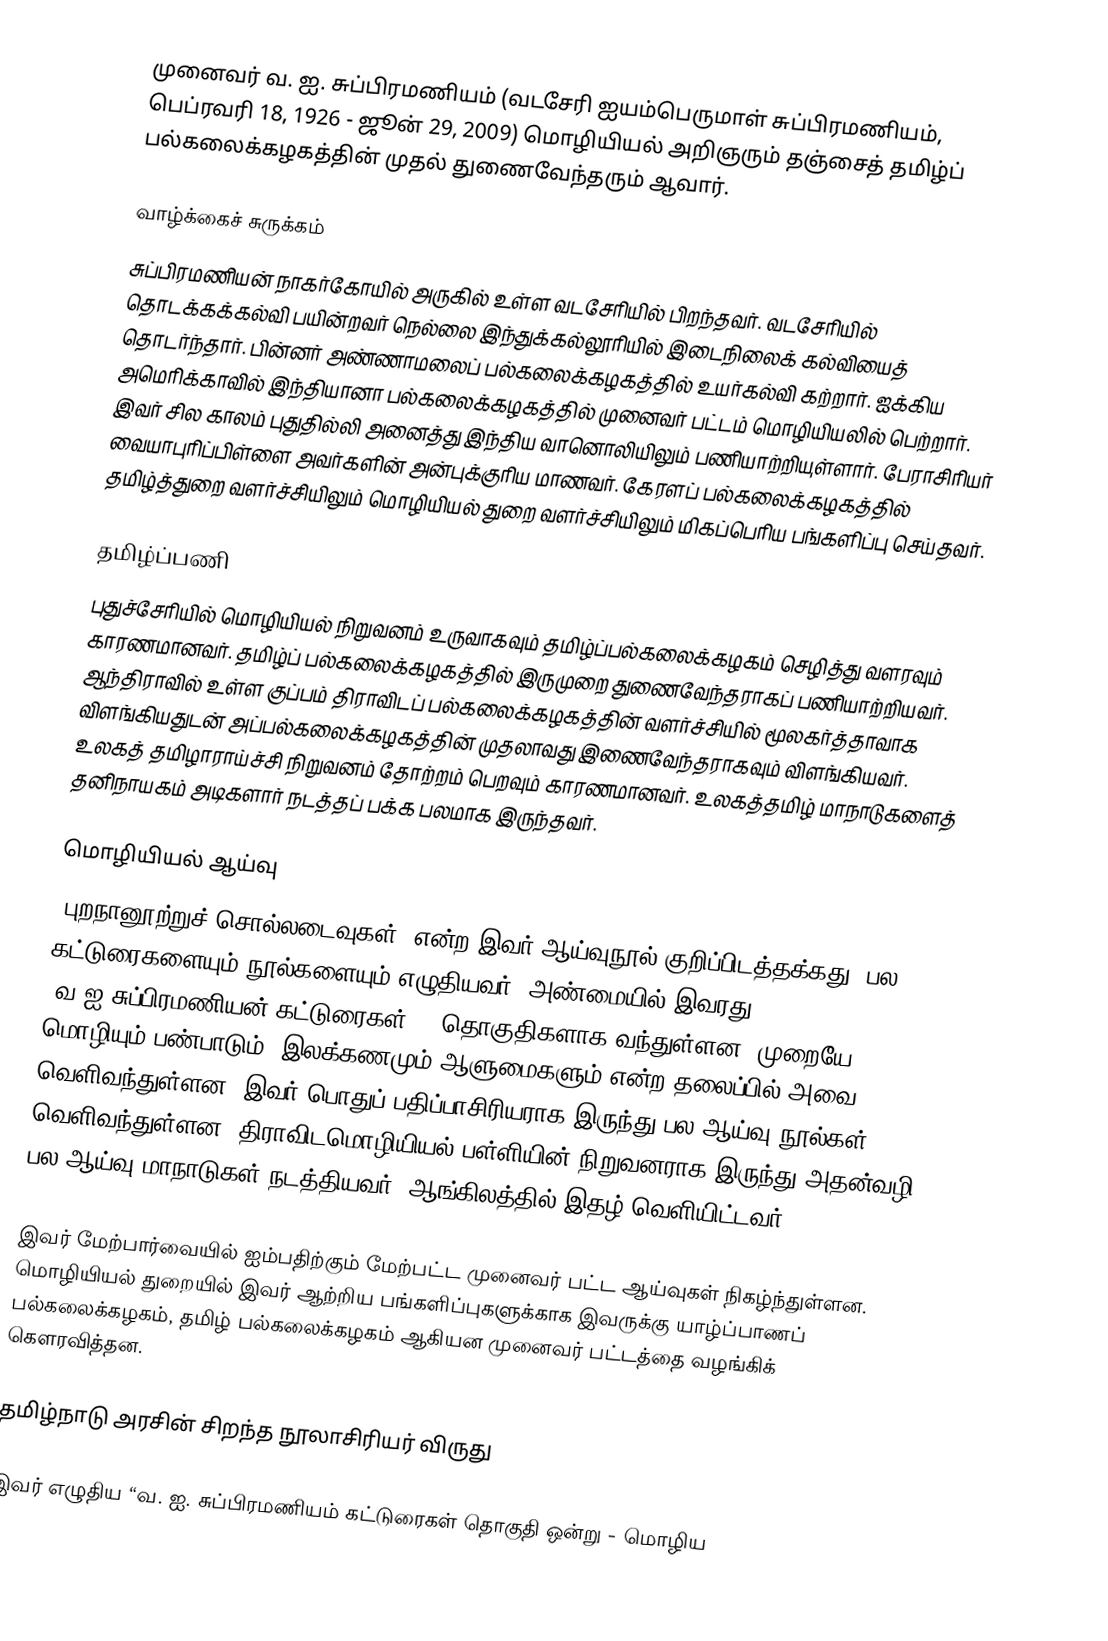
முனைவர் வ. ஐ. சுப்பிரமணியம் (வடசேரி ஐயம்பெருமாள் சுப்பிரமணியம், பெப்ரவரி 18, 1926 - ஜூன் 29, 2009) மொழியியல் அறிஞரும் தஞ்சைத் தமிழ்ப் பல்கலைக்கழகத்தின் முதல் துணைவேந்தரும் ஆவார்.

வாழ்க்கைச் சுருக்கம்
சுப்பிரமணியன் நாகர்கோயில் அருகில் உள்ள வடசேரியில் பிறந்தவர். வடசேரியில் தொடக்கக்கல்வி பயின்றவர் நெல்லை இந்துக்கல்லூரியில் இடைநிலைக் கல்வியைத் தொடர்ந்தார். பின்னர் அண்ணாமலைப் பல்கலைக்கழகத்தில் உயர்கல்வி கற்றார். ஐக்கிய அமெரிக்காவில் இந்தியானா பல்கலைக்கழகத்தில் முனைவர் பட்டம் மொழியியலில் பெற்றார். இவர் சில காலம் புதுதில்லி அனைத்து இந்திய வானொலியிலும் பணியாற்றியுள்ளார். பேராசிரியர் வையாபுரிப்பிள்ளை அவர்களின் அன்புக்குரிய மாணவர். கேரளப் பல்கலைக்கழகத்தில் தமிழ்த்துறை வளர்ச்சியிலும் மொழியியல் துறை வளர்ச்சியிலும் மிகப்பெரிய பங்களிப்பு செய்தவர்.

தமிழ்ப்பணி
புதுச்சேரியில் மொழியியல் நிறுவனம் உருவாகவும் தமிழ்ப்பல்கலைக்கழகம் செழித்து வளரவும் காரணமானவர். தமிழ்ப் பல்கலைக்கழகத்தில் இருமுறை துணைவேந்தராகப் பணியாற்றியவர். ஆந்திராவில் உள்ள குப்பம் திராவிடப் பல்கலைக்கழகத்தின் வளர்ச்சியில் மூலகர்த்தாவாக விளங்கியதுடன் அப்பல்கலைக்கழகத்தின் முதலாவது இணைவேந்தராகவும் விளங்கியவர். உலகத் தமிழாராய்ச்சி நிறுவனம் தோற்றம் பெறவும் காரணமானவர். உலகத்தமிழ் மாநாடுகளைத் தனிநாயகம் அடிகளார் நடத்தப் பக்க பலமாக இருந்தவர்.

மொழியியல் ஆய்வு
"புறநானூற்றுச் சொல்லடைவுகள்" என்ற இவர் ஆய்வுநூல் குறிப்பிடத்தக்கது. பல கட்டுரைகளையும் நூல்களையும் எழுதியவர். அண்மையில் இவரது "வ.ஐ.சுப்பிரமணியன் கட்டுரைகள்" 2 தொகுதிகளாக வந்துள்ளன. முறையே மொழியும் பண்பாடும், இலக்கணமும் ஆளுமைகளும் என்ற தலைப்பில் அவை வெளிவந்துள்ளன. இவர் பொதுப் பதிப்பாசிரியராக இருந்து பல ஆய்வு நூல்கள் வெளிவந்துள்ளன. திராவிடமொழியியல் பள்ளியின் நிறுவனராக இருந்து அதன்வழி பல ஆய்வு மாநாடுகள் நடத்தியவர். ஆங்கிலத்தில் இதழ் வெளியிட்டவர்.

இவர் மேற்பார்வையில் ஐம்பதிற்கும் மேற்பட்ட முனைவர் பட்ட ஆய்வுகள் நிகழ்ந்துள்ளன. மொழியியல் துறையில் இவர் ஆற்றிய பங்களிப்புகளுக்காக இவருக்கு யாழ்ப்பாணப் பல்கலைக்கழகம், தமிழ் பல்கலைக்கழகம் ஆகியன முனைவர் பட்டத்தை வழங்கிக் கௌரவித்தன.

தமிழ்நாடு அரசின் சிறந்த நூலாசிரியர் விருது

இவர் எழுதிய “வ. ஐ. சுப்பிரமணியம் கட்டுரைகள் தொகுதி ஒன்று - மொழிய